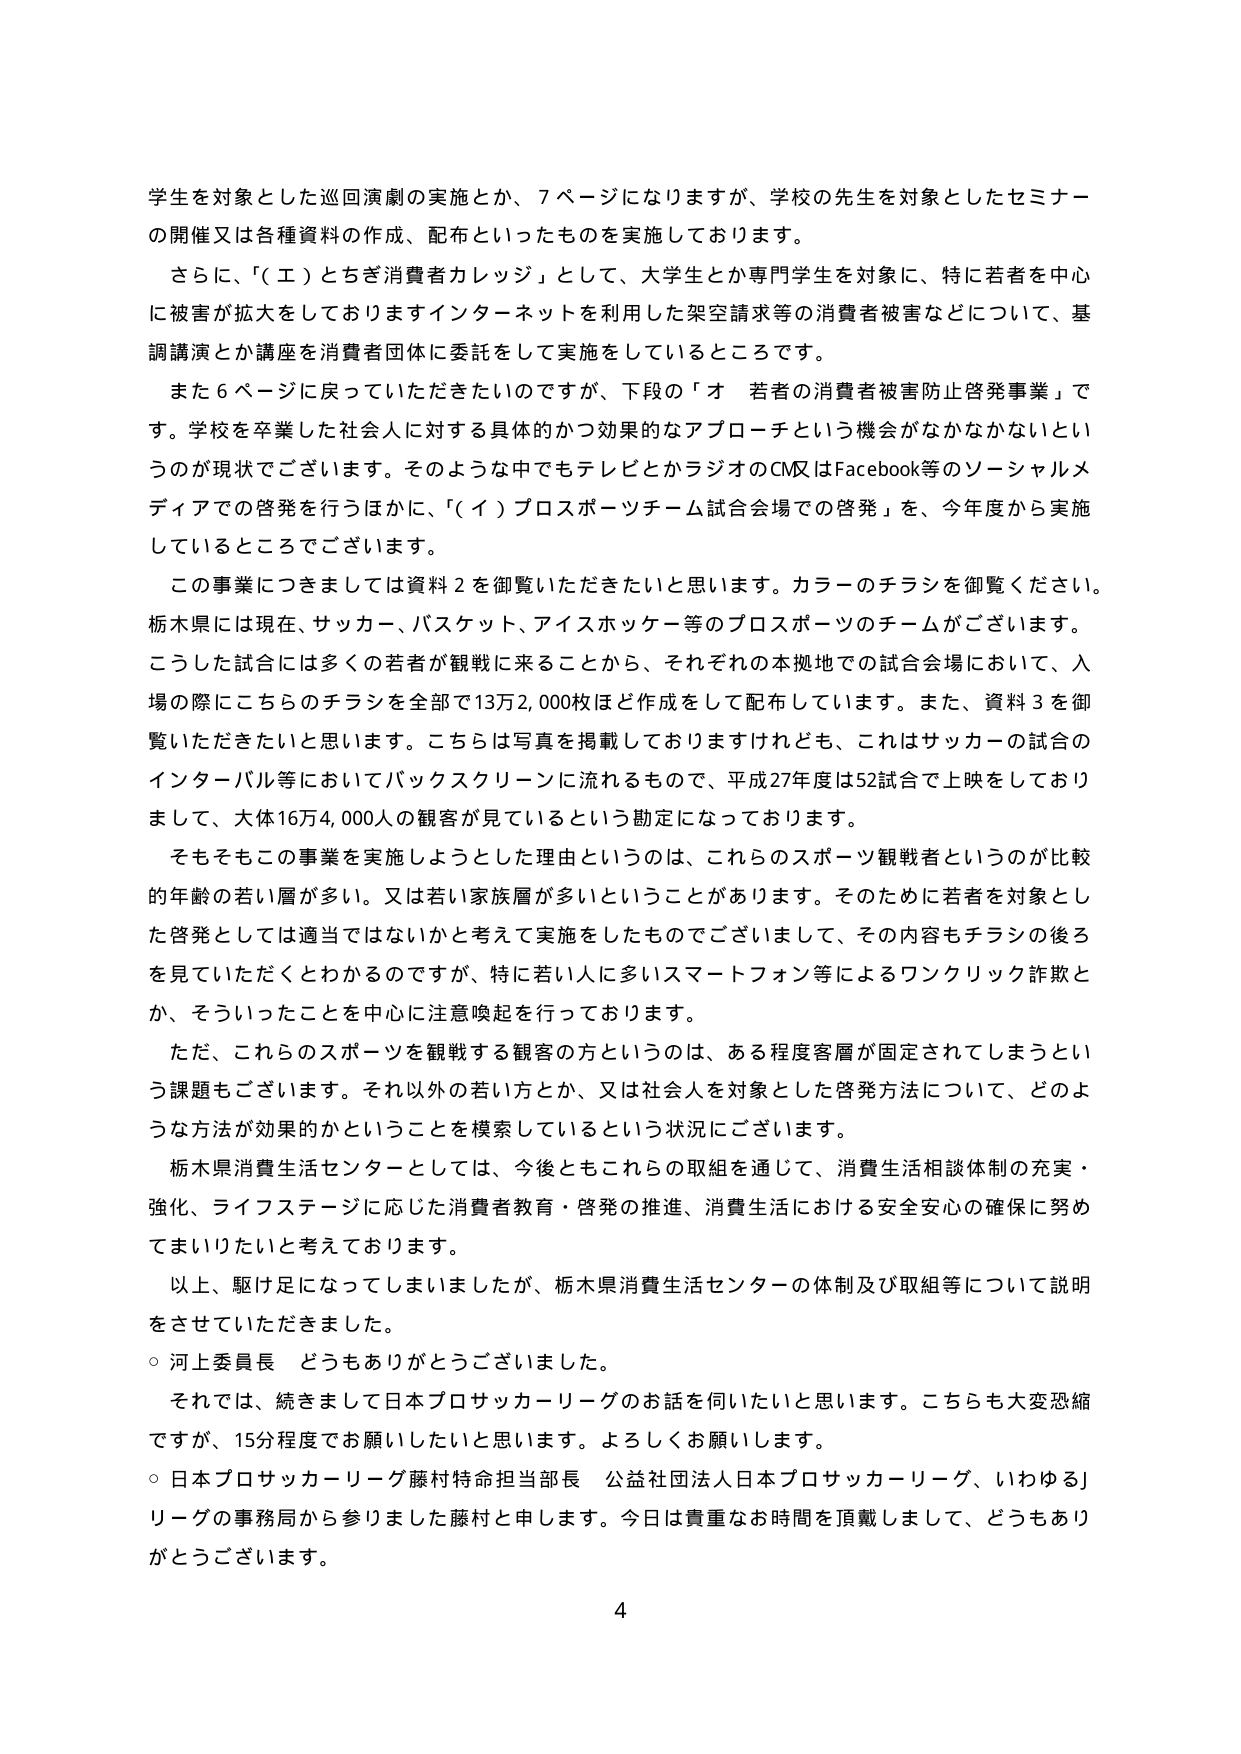
学生を対象とした巡回演劇の実施とか、7ページになりますが、学校の先生を対象としたセミナーの開催又は各種資料の作成、配布といったものを実施しております。

さらに、「（エ）とちぎ消費者カレッジ」として、大学生とか専門学生を対象に、特に若者を中心に被害が拡大しておりますインターネットを利用した架空請求等の消費者被害などについて、基調講演とか講座を消費者団体に委託をして実施をしているところです。

また6ページに戻っていただきたいのですが、下段の「オ 若者の消費者被害防止啓発事業」です。学校を卒業した社会人に対する具体的かつ効果的なアプローチという機会がなかなかないというのが現状でございます。そのような中でもテレビとかラジオのCM又はFacebook等のソーシャルメディアでの啓発を行うほかに、「（イ）プロスポーツチーム試合会場での啓発」を、今年度から実施しているところでございます。

この事業につきましては資料2を御覧いただきたいと思います。カラーのチラシを御覧ください。栃木県には現在、サッカー、バスケット、アイスホッケー等のプロスポーツのチームがございます。こうした試合には多くの若者が観戦に来ることから、それぞれの本拠地での試合会場において、入場の際にこちらのチラシを全部で13万2,000枚ほど作成をして配布しています。また、資料3を御覧いただきたいと思います。こちらは写真を掲載しておりますけれども、これはサッカーの試合のインターバル等においてバックスクリーンに流れるもので、平成27年度は52試合で上映をしておりまして、大体16万4,000人の観客が見ているという勘定になっております。

そもそもこの事業を実施しようとした理由というのは、これらのスポーツ観戦者というのが比較的年齢の若い層が多い。又は若い家族層が多いということがあります。そのため若者を対象とした啓発としては適当ではないかと考えて実施をしたものでございまして、その内容もチラシの後ろを見ていただくとわかるのですが、特に若い人に多いスマートフォン等によるワンクリック詐欺とか、そういったことを中心に注意喚起を行っております。

ただ、これらのスポーツを観戦する観客の方というのは、ある程度客層が固定されてしまうという課題もございます。それ以外の若い方とか、又は社会人を対象とした啓発方法について、どのような方法が効果的かということを模索しているという状況にございます。

栃木県消費生活センターとしては、今後ともこれらの取組を通じて、消費生活相談体制の充実・強化、ライフステージに応じた消費者教育・啓発の推進、消費生活における安全安心の確保に努めてまいりたいと考えております。

以上、駆け足になってしまいましたが、栃木県消費生活センターの体制及び取組等について説明をさせていただきました。

○ 河上委員長 どうもありがとうございました。

それでは、続きまして日本プロサッカーリーグのお話を伺いたいと思います。こちらも大変恐縮ですが、15分程度でお願いしたいと思います。よろしくお願いします。

○ 日本プロサッカーリーグ藤村特命担当部長 公益社団法人日本プロサッカーリーグ、いわゆるJリーグの事務局から参りました藤村と申します。今日は貴重な時間を頂戴しまして、どうもありがとうございます。

4